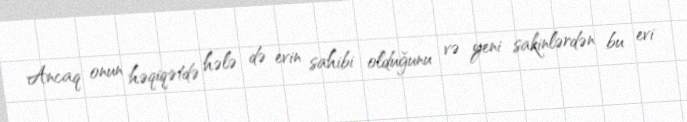
Ancaq onun həqiqətdə hələ də evin sahibi olduğunu və yeni sakinlərdən bu evi